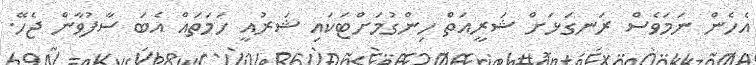
އެހެން ނަމަވެސް ރަނގަޅަށް ޝަރީއަތް ހިންގުމަށްޓަކައި ޝަރުއީ ހަމަތައް އެބަ ސާފުވާން ޖެހޭ.